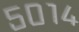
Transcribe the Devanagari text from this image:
५०१४